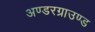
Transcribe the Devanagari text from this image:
अण्डरग्राउण्ड